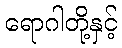
ရောဂါတို့နှင့်